Newspaper: The daily gazette. [volume]
Place of publication: Wilmington, Del.
Publisher: C.P. Johnson
Date: 1880-11-11 00:00:00
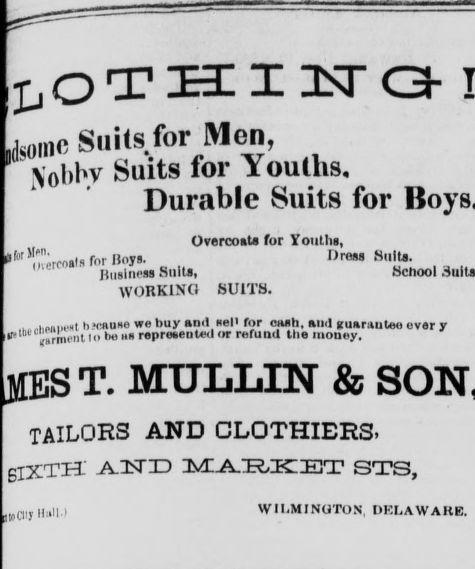
Advertisement text (OCR):
lds0in o Suits for Men, flobhv Suits for Youllis. Durable Suits for Overcoat» for Youth«, |,0^S o"«ro»lsro'■li''ï l, • c Business Suit», WORKING SUITS. Dross Suits. »School , .h««.».«! b »cause we buy and seP for cash, and guarantee ever y garment to be »*« represented or refund the money. 1ST. MULLEN & tailors and clothiers. SIXTH A_ 1ST ID MARKET STS, WII.MINUTON, DKLAWAHB. ,10Cliy IliilM
Label: text-only